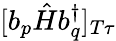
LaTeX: [b_{p}\hat{H}b_{q}^{\dagger}]_{T\tau}